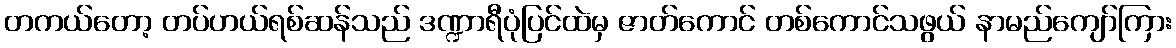
တကယ်တော့ တပ်ဟယ်ရစ်ဆန်သည် ဒဏ္ဍာရီပုံပြင်ထဲမှ ဇာတ်ကောင် တစ်ကောင်သဖွယ် နာမည်ကျော်ကြား